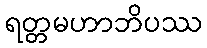
ရတ္တမဟာဘိပဿ